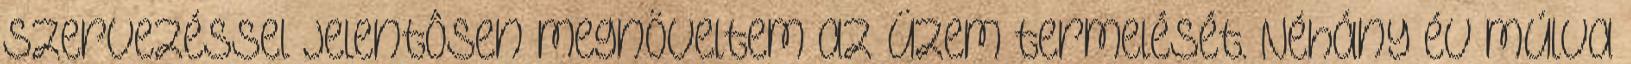
szervezéssel jelentôsen megnöveltem az üzem termelését. Néhány év múlva